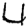
Digit: 4